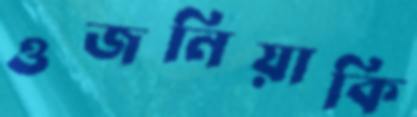
ওজনিয়াকি